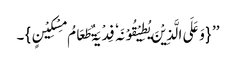
’’ {وَعَلَی الَّذِیْنَ یُطِیْقُوْنَہٗ فِدْیَۃٌ طَعَامُ مِسْکِیْنٍ}۔